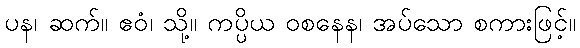
ပန၊ ဆက်။ ဧဝံ၊ သို့။ ကပ္ပိယ ဝစနေန၊ အပ်သော စကားဖြင့်။